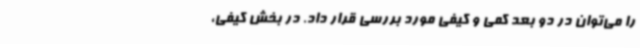
را می‌توان در دو بعد کمی و کیفی مورد بررسی قرار داد. در بخش کیفی،